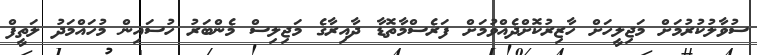
ސުވާލުކުރުމަށް މަޖިލީހަށް ހާޒިރުކޮށްދެއްވުމަށް ފަރެސްމާތޮޑާ ދާއިރާގެ މަޖިލިސް މެންބަރު ހުސައިން މުހައްމަދު ލަތީފް